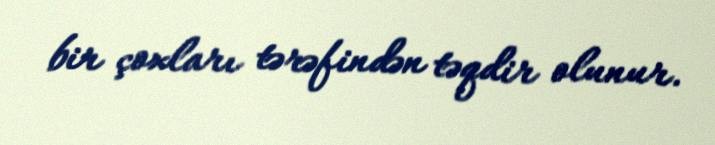
bir çoxları tərəfindən təqdir olunur.